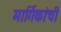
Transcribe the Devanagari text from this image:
मार्गिकांची